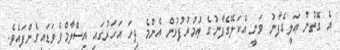
އެ ގޮތުން ޢަލީގެފާނު ވަނީ އެކަލޭގެފާނުގެ ޢުމުރުފުޅުން އެންމެ ދިހަ އަހަރުގައި އިސްލާމްވެވަޑައިގެންފައެވެ.